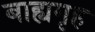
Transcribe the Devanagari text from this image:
बाह्यगृह